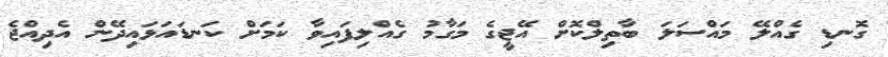
ގޮނޑި ގެއްލޭ މައްސަލަ ބާތިލްކޮށް އޭޖީގެ މަގާމު ގެއްލިފައިވާ ކަމަށް ކަނޑައަޅައިދޭން އެދިއްޖެ